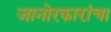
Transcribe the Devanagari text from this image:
जानोरकारांचा